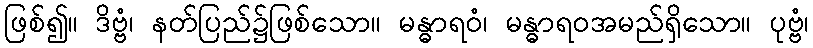
ဖြစ်၍။ ဒိဗ္ဗံ၊ နတ်ပြည်၌ဖြစ်သော။ မန္ဓာရဝံ၊ မန္ဓာရဝအမည်ရှိသော။ ပုဗ္ဗံ၊